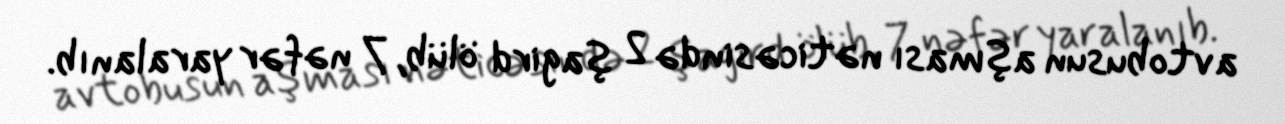
avtobusun aşması nəticəsində 2 şagird ölüb, 7 nəfər yaralanıb.